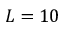
L = 1 0